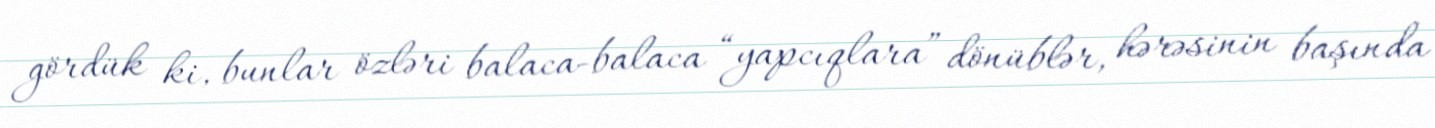
gördük ki, bunlar özləri balaca-balaca “yapcıqlara” dönüblər, hərəsinin başında